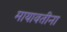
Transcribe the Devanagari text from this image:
मायावतीना